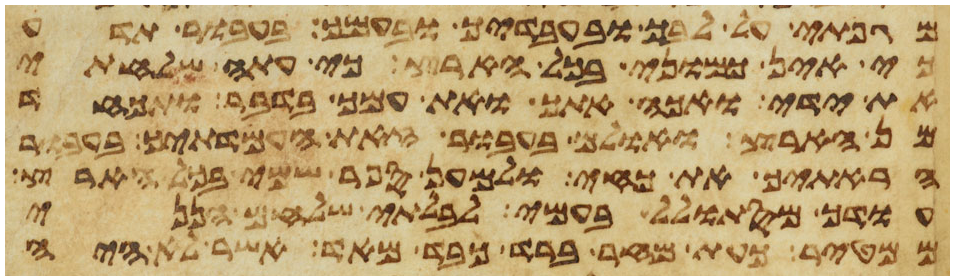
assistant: מגפתי על לבך ובעבדיך ובעמך בעבור תדע
כי אין כמוני בכל הארץ כי עתה שלחתי
את ידי ואכה אתך ואת עמך בדבר ותכחד
מן הארץ ואולם בעבור זאת העמדתיך בעבור
הראתיך את כחי ולמען ספר שמי בכל הארץ
עודך מסתולל בעמי לבלתי שלחם הנני
ממטיר כעת מחר ברד כבד מאד אשר לא היה